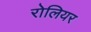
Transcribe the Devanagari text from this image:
रोलियर